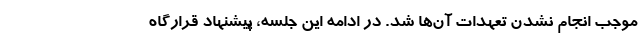
موجب انجام نشدن تعهدات آن‌ها شد. در ادامه این جلسه، پیشنهاد قرارگاه